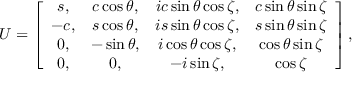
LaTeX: U = \left[ \begin{array} { c c c c } { { s , } } & { { c \cos { \theta } , } } & { { i c \sin \theta \cos \zeta , } } & { { c \sin \theta \sin \zeta } } \\ { { - c , } } & { { s \cos \theta , } } & { { i s \sin \theta \cos \zeta , } } & { { s \sin \theta \sin \zeta } } \\ { { 0 , } } & { { - \sin \theta , } } & { { i \cos \theta \cos \zeta , } } & { { \cos \theta \sin \zeta } } \\ { { 0 , } } & { { 0 , } } & { { - i \sin \zeta , } } & { { \cos \zeta } } \end{array} \right] ,